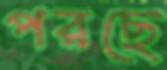
পরছে